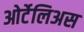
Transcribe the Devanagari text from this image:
ओर्टेलिअस